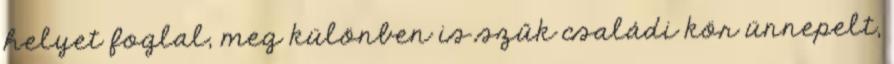
helyet foglal, meg különben is szűk családi kör ünnepelt,